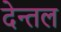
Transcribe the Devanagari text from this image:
देन्तल